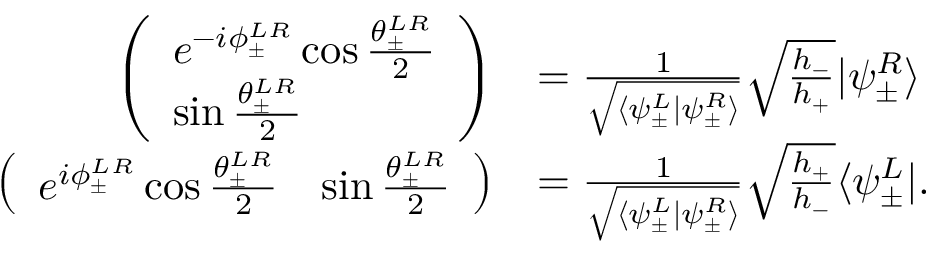
\begin{array} { r l } { \left( \begin{array} { l } { e ^ { - i \phi _ { \pm } ^ { L R } } \cos \frac { \theta _ { \pm } ^ { L R } } { 2 } } \\ { \sin \frac { \theta _ { \pm } ^ { L R } } { 2 } } \end{array} \right) } & { = \frac { 1 } { \sqrt { \langle \psi _ { \pm } ^ { L } | \psi _ { \pm } ^ { R } \rangle } } \sqrt { \frac { h _ { - } } { h _ { + } } } | \psi _ { \pm } ^ { R } \rangle } \\ { \left( \begin{array} { l l } { e ^ { i \phi _ { \pm } ^ { L R } } \cos \frac { \theta _ { \pm } ^ { L R } } { 2 } } & { \sin \frac { \theta _ { \pm } ^ { L R } } { 2 } } \end{array} \right) } & { = \frac { 1 } { \sqrt { \langle \psi _ { \pm } ^ { L } | \psi _ { \pm } ^ { R } \rangle } } \sqrt { \frac { h _ { + } } { h _ { - } } } \langle \psi _ { \pm } ^ { L } | . } \end{array}